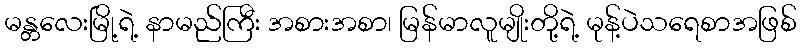
မန္တလေးမြို့ရဲ့ နာမည်ကြီး အစားအစာ၊ မြန်မာလူမျိုးတို့ရဲ့ မုန့်ပဲသရေစာအဖြစ်